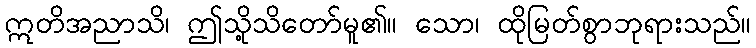
ဣတိအညာသိ၊ ဤသို့သိတော်မူ၏။ သော၊ ထိုမြတ်စွာဘုရားသည်။